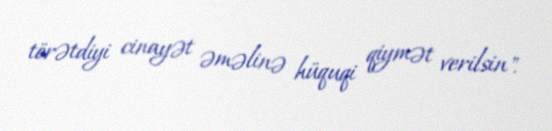
törətdiyi cinayət əməlinə hüquqi qiymət verilsin".